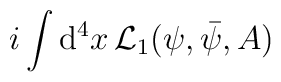
i\int{\rm d}^4x\,{\cal L}_1(\psi,\bar\psi,A)